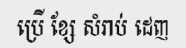
ប្រើ ខ្សែ សំរាប់ ដេញ